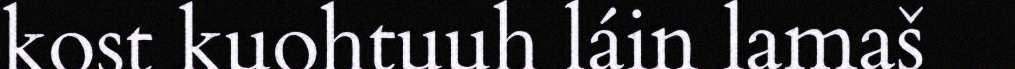
kost kuohtuuh láin lamaš